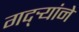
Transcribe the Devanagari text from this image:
गद्र्‍यांने